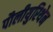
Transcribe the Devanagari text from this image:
पौलीयुरिथेन